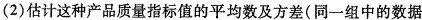
(2)估计这种产品质量指标值的平均数及方差(同一组中的数据